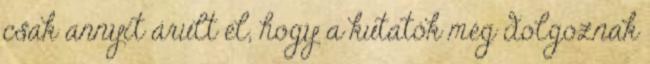
csak annyit árult el, hogy a kutatók még dolgoznak